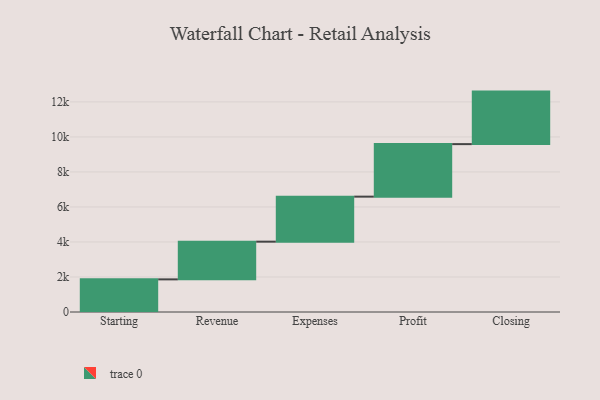
{"axis": {"x": "Step", "y": "Value"}, "legend": [""], "data": [{"x": "Starting", "y": 1864.0, "type": ""}, {"x": "Revenue", "y": 2154.0, "type": ""}, {"x": "Expenses", "y": 2571.0, "type": ""}, {"x": "Profit", "y": 3000, "type": ""}, {"x": "Closing", "y": 3000, "type": ""}]}